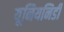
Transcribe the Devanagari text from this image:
यूनियनिडी